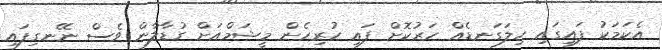
އެކަމަކު ފައިގައި ހިލަގަނޑެއް ހަރުކޮށް ފައި ހުރިހެން މީޝަމްއަށް ގުޑާލާން ވެސް ނޭނގިފައި